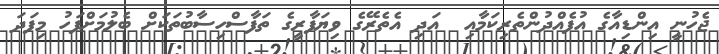
ޖެހުނީ އިންޑިއާގެ އުފެއްދުންތެރިކަމާއި  އަދި އެތެރޭގެ ވިޔަފާރީގެ ތަފާސްހިސާބުތަކަށް ބެލުމަށްފަހު މިފަދަ